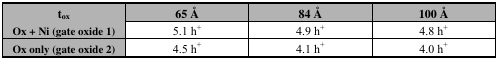
| tox | 65 Å | 84 Å | 100 Å |
 | --- | --- | --- | --- |
 | Ox + Ni (gate oxide 1) | 5.1 h+ | 4.9 h+ | 4.8 h+ |
 | Ox only (gate oxide 2) | 4.5 h+ | 4.1 h+ | 4.0 h+ |